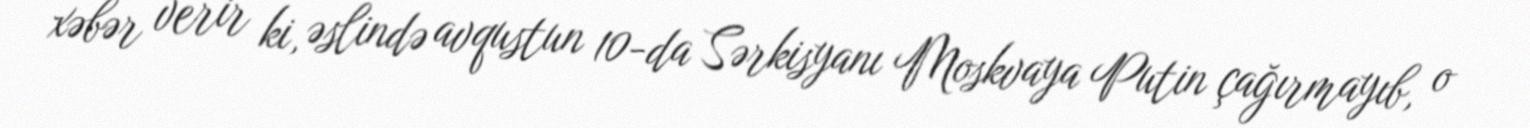
xəbər verir ki, əslində avqustun 10-da Sərkisyanı Moskvaya Putin çağırmayıb, o